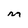
Character: M